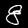
Label: 8